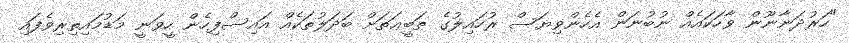
"ހަރުދަނާނޫން ވާހަކައެއް ނުބުނަން އެހެންވިޔަސް ރުހައިލުގެ ޠަބީޢަތަށް ބަދަލުތަކެއް އައިސްފިހެން ހީވަނީ މަޑުމައިތިރިވެފައި